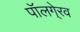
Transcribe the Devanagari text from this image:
पॉलगे्रव